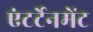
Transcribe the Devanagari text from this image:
एंटर्टेनमेंट